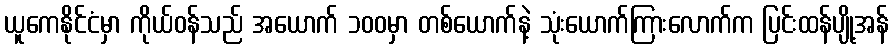
ယူကေနိုင်ငံမှာ ကိုယ်ဝန်သည် အယောက် ၁၀၀မှာ တစ်ယောက်နဲ့ သုံးယောက်ကြားလောက်က ပြင်းထန်ပျို့အန်